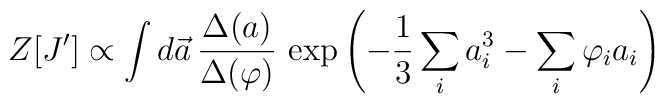
Z[J^{\prime}]\propto \int d\vec{a}\, \frac{\Delta(a)}{\Delta{(\varphi)}} \,\exp\left( -\frac{1}{3}\sum_{i} a_i^3 -\sum_{i} \varphi_i a_i \right)